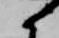
候